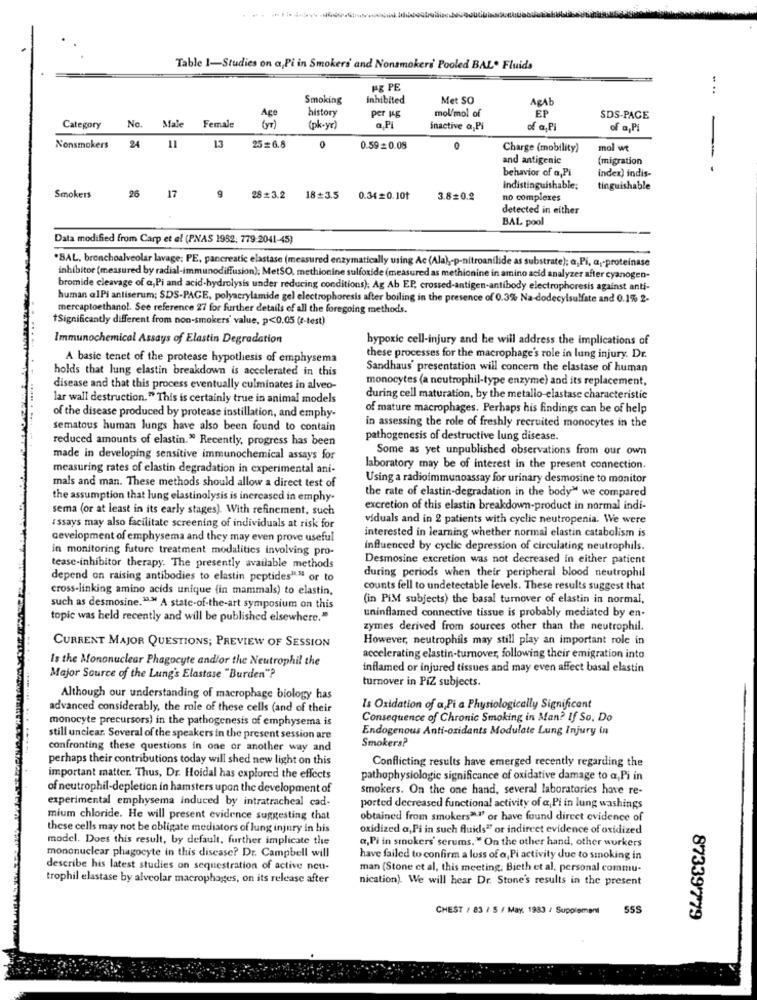
--------
Table 1-Studies on a,Pi in Smokers' and Nonsmokers' Pooled BAL. Fluids
HE PE
.. ..
Smoking
Inhibited
Met SO
Å&Ab
EP
Age
history
Per 14g
mol/mol of
SDS-PAGE
Category
No. Male
Female
( VT )
(pk-yr)
a.Pl
inactive a,Pi
of a. P
of a, PI
24
Nonsmokers
13
25=6.8
0.59 = 0.08
Charge (mobility)
mol wt
and antigenie
(migration
behavior of a,Pi
- -
index) indis-
Indistinguishable;
tinguishable
Smokers
26 17
9
28=3.2 18+3.5
0.34=0.101
3.8=0.2
no complexes
detected in either
BAL pool
Data modified from Carp et al (PNAS 1982, 779-2041-45)
.BAL, bronchoalveolar lavage: PE, pancreatic elastase (measured enzymatically using Ac (Ala) ,- p-nitroanilide as substrate); a,Pi, a ,- proteinase
inhibitor (measured by radial-immunodiffusion); MetSO, methionine sulfoxide (measured as methionine in amino acid analyzer after cyanogen-
bromide cleavage of a,Pi and acid-hydrolysis under reducing conditions); Ag Ab EP, crossed-antigen-antibody electrophoresis against anti-
human alPi antiserum; SDS-PAGE, polyacrylamide gel electrophoresis after boiling in the presence of 0.3% Na-dodecylsulfate and 0.1% 2-
mercaptoethanol. See reference 27 for further details of all the foregoing methods.
Significantly different from non-smokers' value, p<0.05 (e-test)
Immunochemical Assays of Elastin Degradation
hypoxic cell-injury and he will address the implications of
A basic tenet of the protease hypothesis of emphysema
these processes for the macrophage's role in lung injury. Dr.
holds that lung elastin breakdown is accelerated in this
Sandhaus' presentation will concern the elastase of human
monocytes (a neutrophil-type enzyme) and its replacement,
disease and that this process eventually culminates in alveo-
lar wall destruction." This is certainly true in animal models
during cell maturation, by the metallo-elastase characteristic
of mature macrophages. Perhaps his findings can be of help
of the disease produced by protease instillation, and emphy-
Sematous human lungs have also been found to contain
in assessing the role of freshly recruited monocytes in the
reduced amounts of elastin." Recently, progress has been
pathogenesis of destructive lung disease.
Some as yet unpublished observations from our own
made in developing sensitive immunochemical assays for
measuring rates of clastin degradation in experimental ani-
laboratory may be of interest in the present connection.
mals and man. These methods should allow a direct test of
Using a radioimmunoassay for urinary desmosine to monitor
the rate of elastin-degradation in the body" we compared
the assumption that lung elastinolysis is increased in emphy-
sema (or at least in its early stages). With refinement, such
excretion of this elastin breakdown-product in normal indi-
viduals and in 2 patients with cyclic neutropenia. We were
assays may also facilitate screening of individuals at risk for
interested in learning whether normal elastin catabolismis
development of emphysema and they may even prove useful
in monitoring future treatment modalities involving pro-
influenced by cyclic depression of circulating neutrophils.
Desmosine excretion was not decreased in either patient
teasc-inhibitor therapy. The presently available methods
during periods when their peripheral blood neutrophil
depend on raising antibodies to elastin peptides"." or to
cross-linking amino acids unique (in mammals) to elastin,
counts fell to undetectable levels. These results suggest that
(in PIM subjects) the basal turnover of elastin in normal,
such as desmosine.".M A state-of-the-art symposium on this
uninflamed connective tissue is probably mediated by en-
topic was held recently and will be published elsewhere."
zymes derived from sources other than the neutrophil.
CURRENT MAJOR QUESTIONS; PREVIEW OF SESSION
However, neutrophils may still play an important role in
Is the Mononuclear Phagocyte and/or the Neutrophil the
accelerating elastin-turnover, following their emigration into
inflamed or injured tissues and may even affect basal elastin
Major Source of the Lung's Elastase "Burden"?
turnover in PIZ subjects.
Although our understanding of macrophage biology has
advanced considerably, the role of these cells (and of their
Is Oxidation of a, Pi a Physiologically Significant
monocyte precursors) in the pathogenesis of emphysema is
Consequence of Chronic Smoking in Man? If So, Do
Endogenous Anti-oxidants Modulate Lung Injury in
still unclear. Several of the speakers in the present session are
Smokers?
confronting these questions in one or another way and
perhaps their contributions today will shed new light on this
Conflicting results have emerged recently regarding the
important matter. Thus, Dr. Hoidal has explored the effects
pathophysiologie significance of oxidative damage to a,Pi in
of neutrophil-depletion in hamsters upon the development of
smokers. On the one hand, several laboratories have re-
experimental emphysema induced by intratracheal cad-
ported decreased functional activity of a,Pi in lung washings
mium chloride. He will present evidence suggesting that
obtained from smokers".1' or have found direct evidence of
these cells may not be obligate mediators of lung injury in his
oxidized a, Pi in such fluids"" or indircet evidence of oxidized
model. Does this result, by default, further implicate the
a,Pi in smokers' serums." On the other hand, other workers
mononuclear phagocyte in this disease? Dr. Campbell will
have failed to confirm a loss of a, Pi activity due to smoking in
describe his latest studies on sequestration of active neu-
man (Stone et al, this meeting, Bieth et al, personal commu-
trophil elastase by alveolar macrophages, on its release after
nication). We will hear Dr. Stone's results in the present
CHEST / 83 / 5 / May. 1983 / Supplement
555
87339779